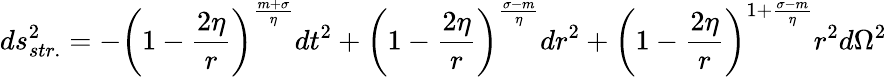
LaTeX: ds_{str.}^{2}=-\left(1-\frac{2\eta}{r}\right)^{\frac{m+\sigma}{\eta}}dt^{2}+\left(1-\frac{2\eta}{r}\right)^{\frac{\sigma-m}{\eta}}dr^{2}+\left(1-\frac{2\eta}{r}\right)^{1+\frac{\sigma-m}{\eta}}r^{2}d\Omega^{2}